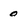
Character: o